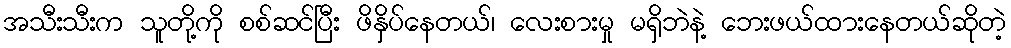
အသီးသီးက သူတို့ကို စစ်ဆင်ပြီး ဖိနှိပ်နေတယ်၊ လေးစားမှု မရှိဘဲနဲ့ ဘေးဖယ်ထားနေတယ်ဆိုတဲ့